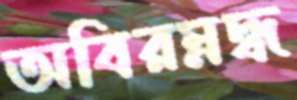
অবিরম্নদ্ধ